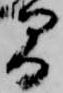
間